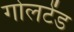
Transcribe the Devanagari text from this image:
गोलटेंड